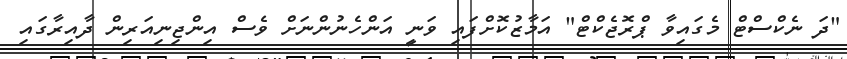
"ދަ ނެކްސްޓް މެގައިވާ ޕްރޮޖެކްޓް" އަމާޒުކޮށްފައި ވަނީ އަންހެނުންނަށް ވެސް އިންޖިނިއަރިން ދާއިރާގައި